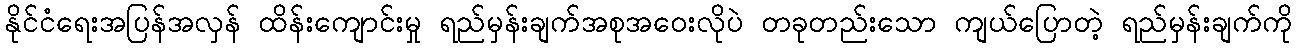
နိုင်ငံရေးအပြန်အလှန် ထိန်းကျောင်းမှု ရည်မှန်းချက်အစုအဝေးလိုပဲ တခုတည်းသော ကျယ်ပြောတဲ့ ရည်မှန်းချက်ကို